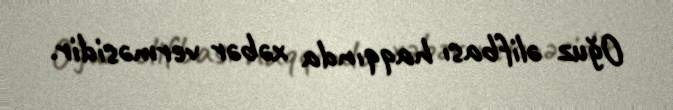
Oğuz əlifbası haqqında xəbər verməsidir.